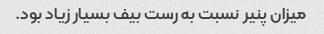
میزان پنیر نسبت به رست بیف بسیار زیاد بود.